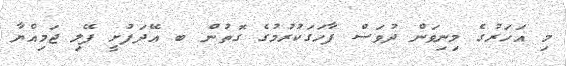
މި އަހަރުގެ މިނިވަން ދުވަސް ފާހަގަކުރުމުގެ ގޮތުން ބ އޭދަފުށީ ފޭލި ޖަމިއްޔާ